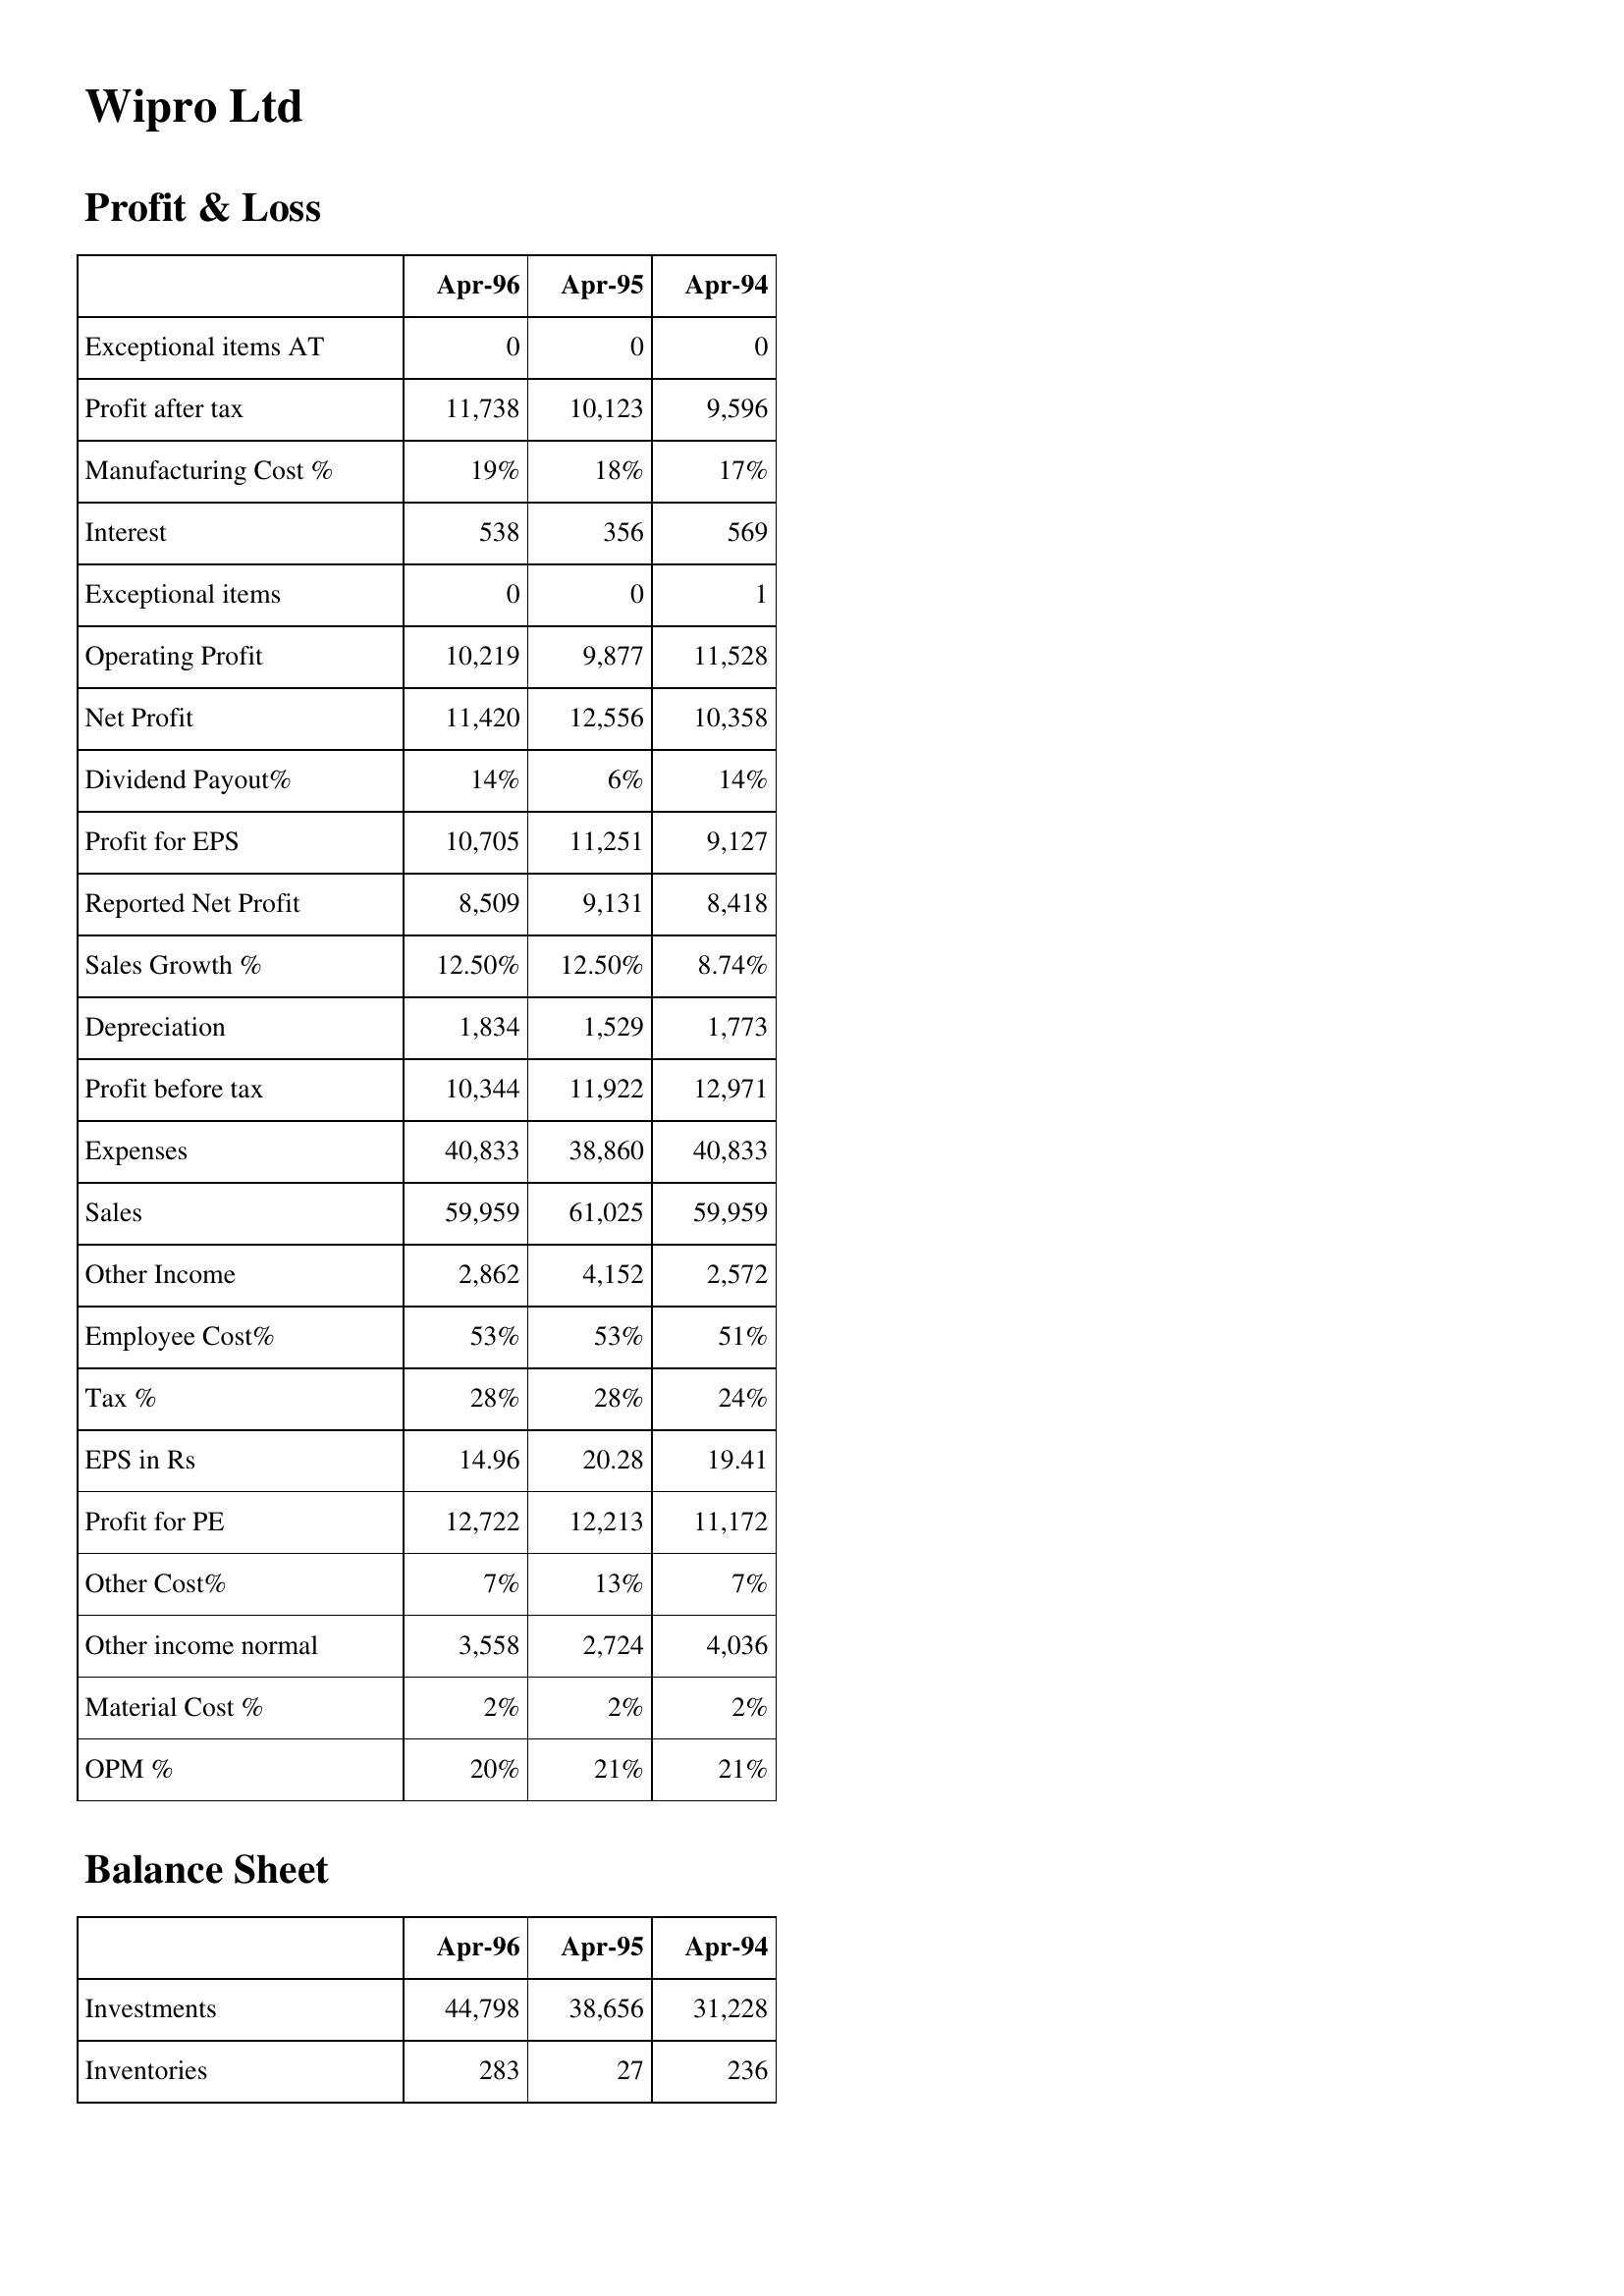
Apr-96: Profit & Loss: Exceptional items AT: 0
Profit after tax: 11,738
Manufacturing Cost %: 19%
Interest: 538
Exceptional items: 0
Operating Profit: 10,219
Net Profit: 11,420
Dividend Payout%: 14%
Profit for EPS: 10,705
Reported Net Profit: 8,509
Sales Growth %: 12.50%
Depreciation: 1,834
Profit before tax: 10,344
Expenses: 40,833
Sales: 59,959
Other Income: 2,862
Employee Cost%: 53%
Tax %: 28%
EPS in Rs: 14.96
Profit for PE: 12,722
Other Cost%: 7%
Other income normal: 3,558
Material Cost %: 2%
OPM %: 20%
Balance Sheet: Investments: 44,798
Inventories: 283
Apr-95: Profit & Loss: Exceptional items AT: 0
Profit after tax: 10,123
Manufacturing Cost %: 18%
Interest: 356
Exceptional items: 0
Operating Profit: 9,877
Net Profit: 12,556
Dividend Payout%: 6%
Profit for EPS: 11,251
Reported Net Profit: 9,131
Sales Growth %: 12.50%
Depreciation: 1,529
Profit before tax: 11,922
Expenses: 38,860
Sales: 61,025
Other Income: 4,152
Employee Cost%: 53%
Tax %: 28%
EPS in Rs: 20.28
Profit for PE: 12,213
Other Cost%: 13%
Other income normal: 2,724
Material Cost %: 2%
OPM %: 21%
Balance Sheet: Investments: 38,656
Inventories: 27
Apr-94: Profit & Loss: Exceptional items AT: 0
Profit after tax: 9,596
Manufacturing Cost %: 17%
Interest: 569
Exceptional items: 1
Operating Profit: 11,528
Net Profit: 10,358
Dividend Payout%: 14%
Profit for EPS: 9,127
Reported Net Profit: 8,418
Sales Growth %: 8.74%
Depreciation: 1,773
Profit before tax: 12,971
Expenses: 40,833
Sales: 59,959
Other Income: 2,572
Employee Cost%: 51%
Tax %: 24%
EPS in Rs: 19.41
Profit for PE: 11,172
Other Cost%: 7%
Other income normal: 4,036
Material Cost %: 2%
OPM %: 21%
Balance Sheet: Investments: 31,228
Inventories: 236